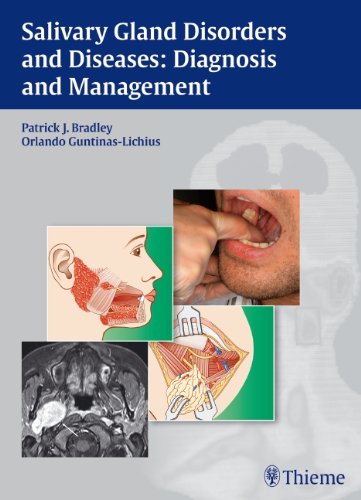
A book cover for Salivary Gland Disorders and Diseases: Diagnosis and Management; Medical Books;